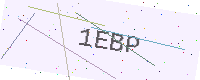
Text: 1EBP